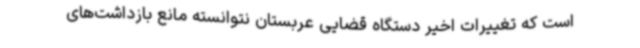
است که تغییرات اخیر دستگاه قضایی عربستان نتوانسته مانع بازداشت‌های